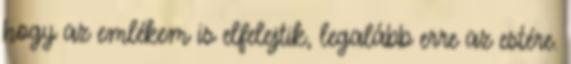
hogy az emlékem is elfelejtik, legalább erre az estére.